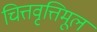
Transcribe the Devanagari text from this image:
चित्तवृत्तिमूल